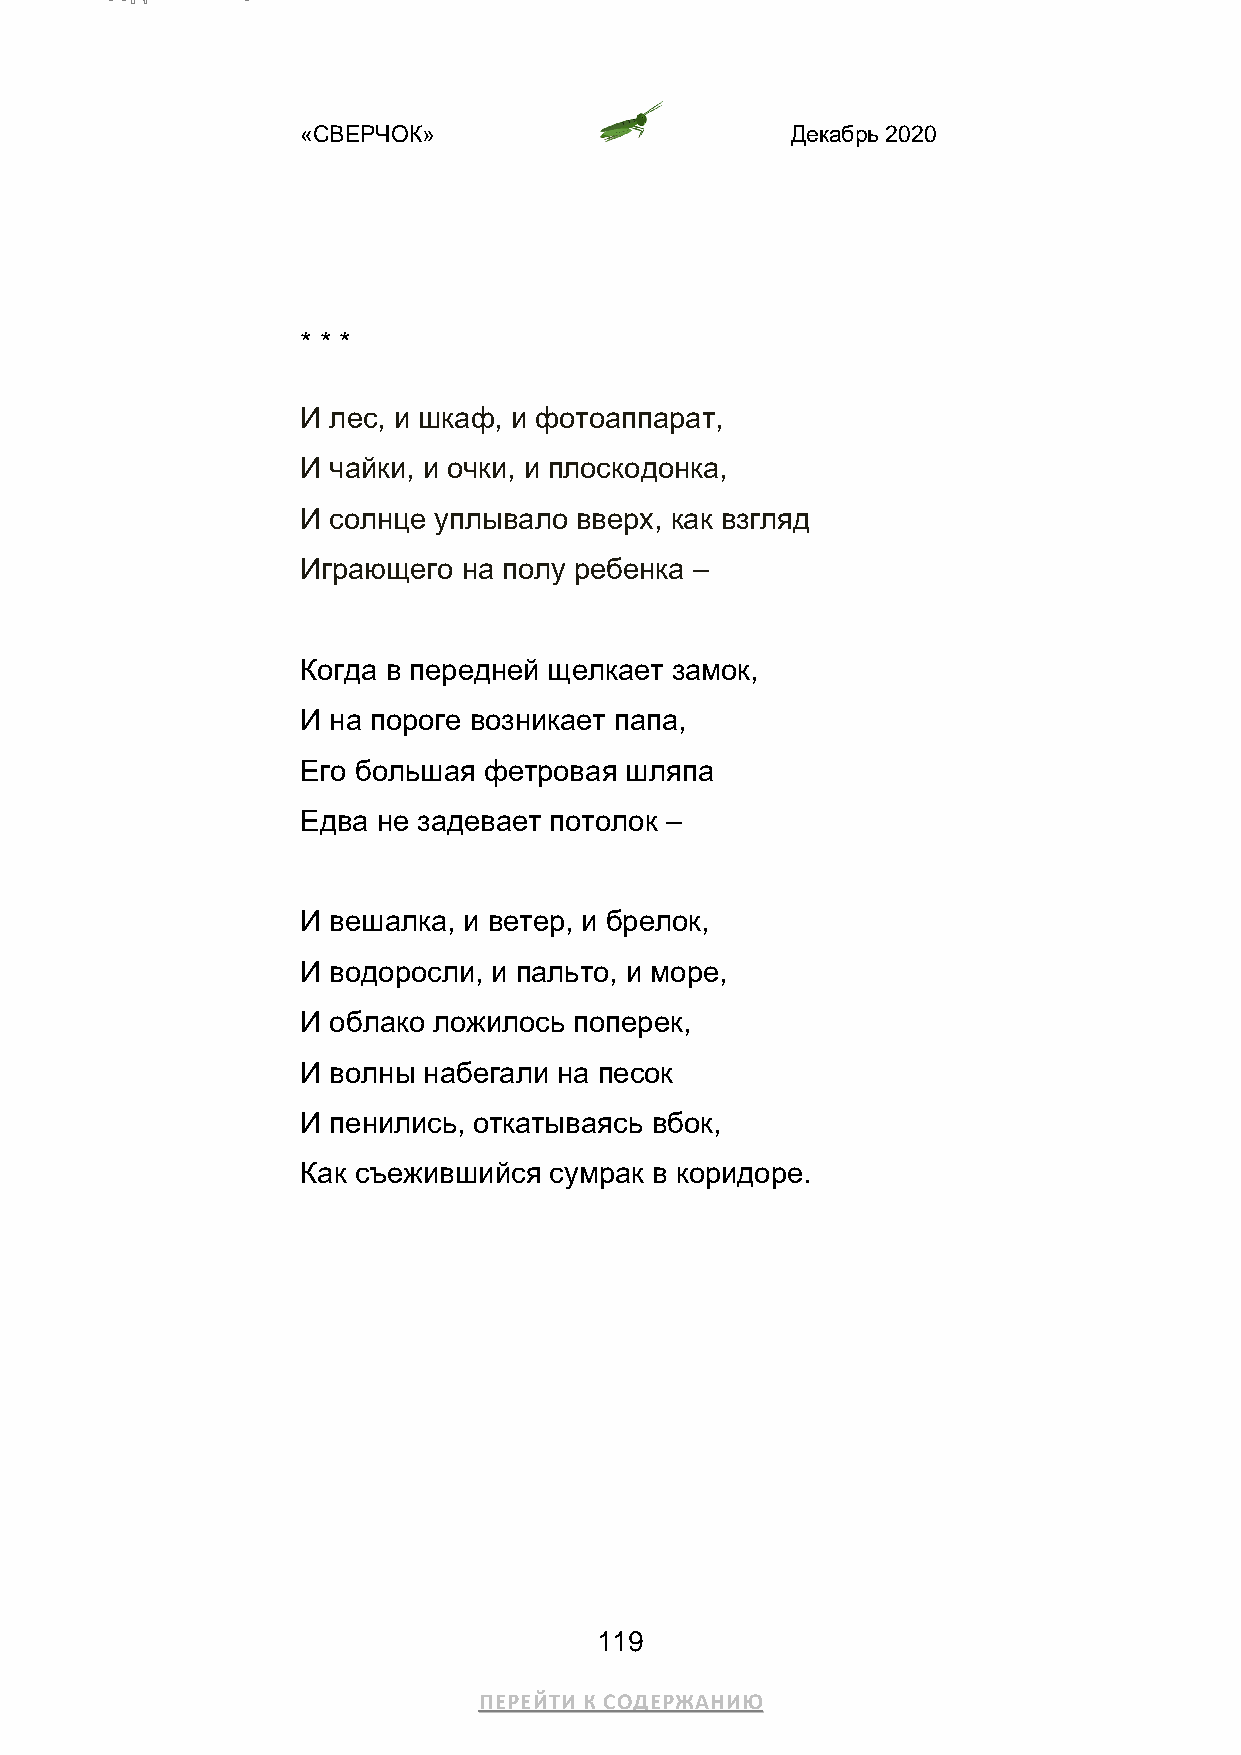
«СВЕРЧОК»                       Декабрь 2020
 * * *
 И лес, и шкаф, и фотоаппарат,
 И чайки, и очки, и плоскодонка,
 И солнце уплывало вверх, как взгляд
 Играющего  на полу ребенка –
 Когда в передней щелкает замок,
 И на пороге возникает папа,
 Его большая фетровая шляпа
 Едва не задевает потолок –
 И вешалка, и ветер, и брелок,
 И водоросли, и пальто, и море,
 И облако ложилось поперек,
 И волны набегали на песок
 И пенились, откатываясь вбок,
 Как съежившийся сумрак в коридоре.
 119
 ПЕРЕЙТИ К СОДЕРЖАНИЮ